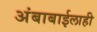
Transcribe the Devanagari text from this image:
अंबाबाईलाही